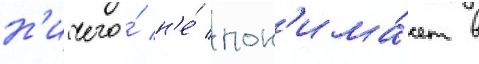
н'ичего́ н'е́ пон'има́ет в